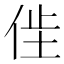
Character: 𫢢